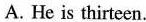
A. He is thirteen.